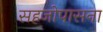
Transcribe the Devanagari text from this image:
सहजोपासना